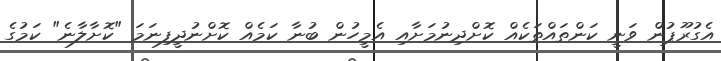
އެގުރޫޕުން ވަނީ ކަންތައްތަކެއް ކޮށްދިނުމަށާއި އެމީހުން ބުނާ ކަމެއް ކޮށްނުދީފިނަމަ "ކޮށާލާނެ" ކަމުގެ